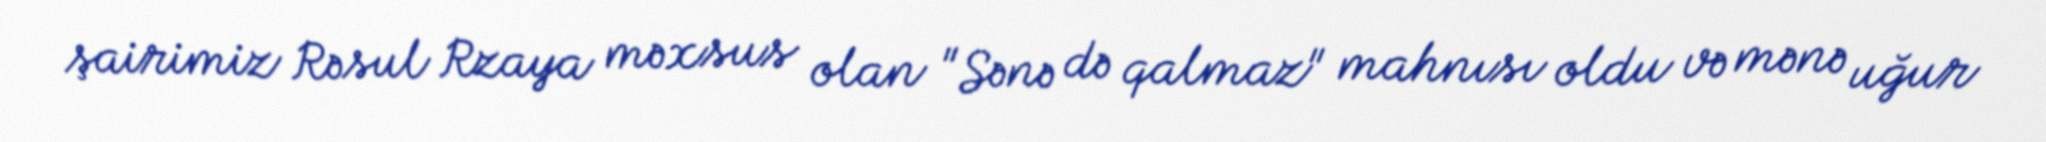
şairimiz Rəsul Rzaya məxsus olan "Sənə də qalmaz" mahnısı oldu və mənə uğur